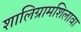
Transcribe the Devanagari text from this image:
शालिग्रामशिलावा